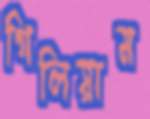
গিলিয়াম